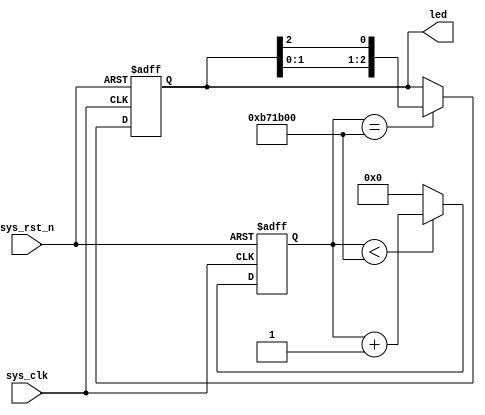
`define DELAY 34'd12_000_000 // 1s delay

module led (
    input sys_clk, // 24MHz clk input
    input sys_rst_n, // reset input
    output reg [2:0] led // 110 G, 101 R, 011 B
    );

    reg [33:0] counter;

    always @(posedge sys_clk or negedge sys_rst_n) begin
        if (!sys_rst_n)
            counter <= 34'd0;
        else if (counter < `DELAY)
            counter <= counter + 1;
        else
            counter <= 34'd0;
    end

    always @(posedge sys_clk or negedge sys_rst_n) begin
        if (!sys_rst_n)
            led <= 3'b110;
        else if (counter == `DELAY)
            led[2:0] <= {led[1:0], led[2]};
        else
            led <= led;
    end
endmodule